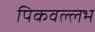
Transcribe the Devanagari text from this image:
पिकवल्लभ